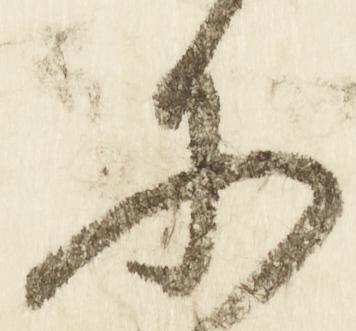
承